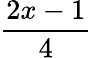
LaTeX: \frac{2x-1}{4}